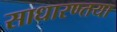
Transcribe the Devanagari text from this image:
साधारण्तया